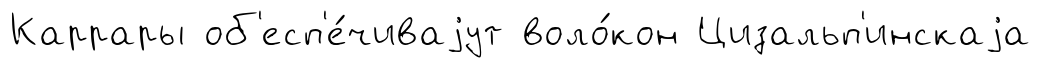
Каррары об'есп'е́чиваjут воло́кон Цизальп'инскаjа